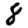
Digit: 8